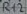
Text: R12